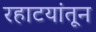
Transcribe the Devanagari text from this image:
रहाटयांतून